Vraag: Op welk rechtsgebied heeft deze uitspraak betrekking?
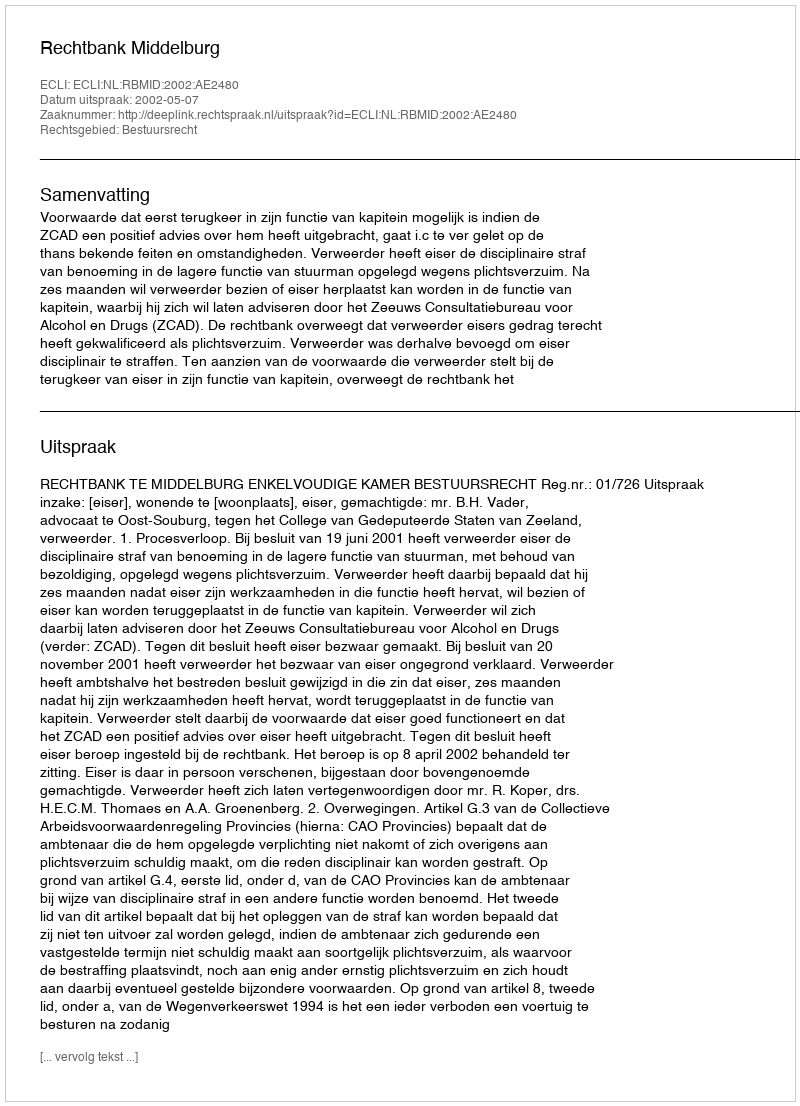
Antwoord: Bestuursrecht